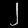
Digit: ၂